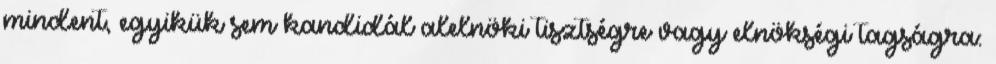
mindent, egyikük sem kandidál alelnöki tisztségre vagy elnökségi tagságra: